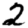
Digit: 2